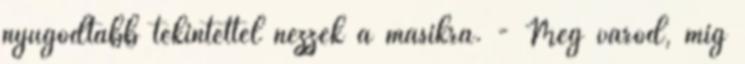
nyugodtabb tekintettel nézzek a másikra. - Meg várod, míg